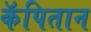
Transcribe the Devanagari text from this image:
कॅपितान